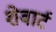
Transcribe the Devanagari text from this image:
शेवार्ट